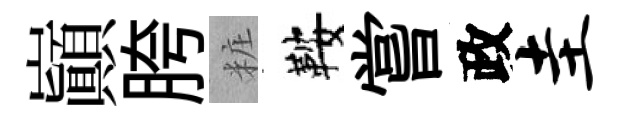
巔胯粧鞍嘗政圭